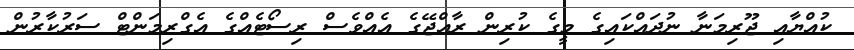
ކުއްޔާއި ޖޫރިމަނާ ނުދައްކައިގެ މީގެ ކުރިން ރާއްޖޭގެ އެއްވެސް ރިސޯޓެއްގެ އެގްރިމަންޓް ސަރުކާރުން